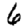
Digit: 6